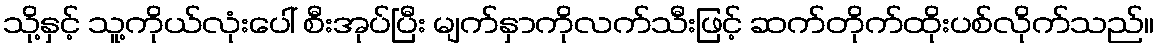
သို့နှင့် သူ့ကိုယ်လုံးပေါ် စီးအုပ်ပြီး မျက်နှာကိုလက်သီးဖြင့် ဆက်တိုက်ထိုးပစ်လိုက်သည်။